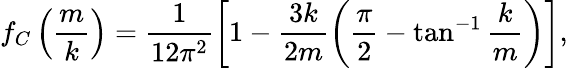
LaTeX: f_{C}\left(\frac{m}{k}\right)=\frac{1}{12\pi^{2}}\left[1-\frac{3k}{2m}\left(\frac{\pi}{2}-\tan^{-1}\frac{k}{m}\right)\right],